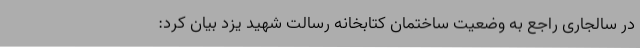
در سالجاری راجع به وضعیت ساختمان کتابخانه رسالت شهید یزد بیان کرد: